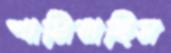
শাসিয়াছিস